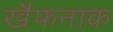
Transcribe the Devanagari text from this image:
खैफनाक